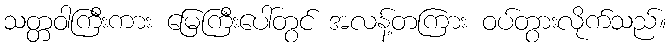
သတ္တဝါကြီးကား မြေကြီးပေါ်တွင် အလန့်တကြား ဝပ်တွားလိုက်သည်။